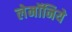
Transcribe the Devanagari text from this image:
लेमॉनिये